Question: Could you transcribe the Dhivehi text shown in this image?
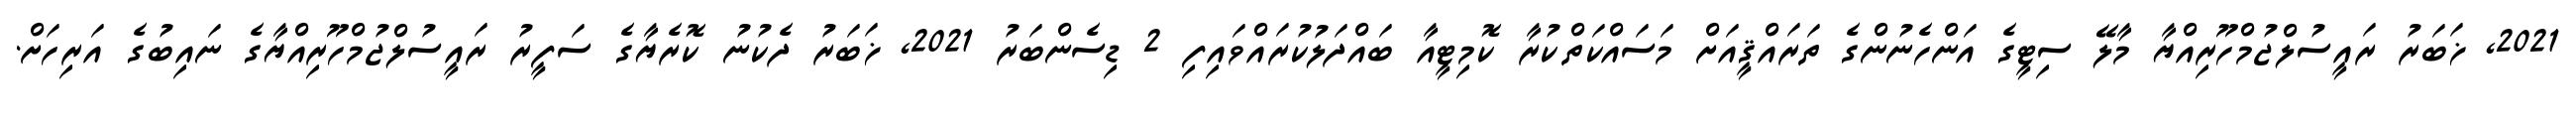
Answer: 2021, ޚަބަރު ރައީސުލްޖުމްހޫރިއްޔާ މާލޭ ސިޓީގެ އަންހެނުންގެ ތަރައްޤީއަށް މަސައްކަތްކުރާ ކޮމިޓީއާ ބައްދަލުކުރައްވައިފި 2 ޑިސެންބަރު 2021, ޚަބަރު ދެކުނު ކޮރެޔާގެ ސަފީރު ރައީސުލްޖުމްހޫރިއްޔާގެ ނައިބުގެ އަރިހަށް.